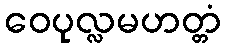
ဝေပုလ္လမဟတ္တံ